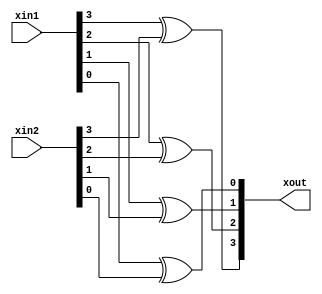
module xorGen
  #(parameter width = 4,
              delay =10)
  (output [1:width]  xout,
   input  [1:width]  xin1, xin2);

  generate
    genvar i;
    for (i = 1; i <= width;  i=i+1) begin: xi
       assign #delay
          xout[i] = xin1[i] ^ xin2[i];
    end
   endgenerate
endmodule